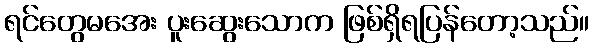
ရင်တွေမအေး ပူးဆွေးသောက ဖြစ်ရှိရပြန်တော့သည်။